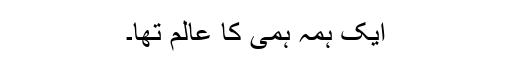
ایک ہمہ ہمی کا عالم تھا۔